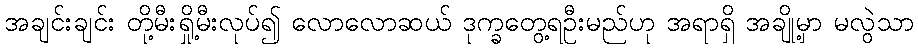
အချင်းချင်း တို့မီးရှို့မီးလုပ်၍ လောလောဆယ် ဒုက္ခတွေ့ရဦးမည်ဟု အရာရှိ အချို့မှာ မလွဲသာ